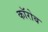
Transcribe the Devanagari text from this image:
कॉरोब